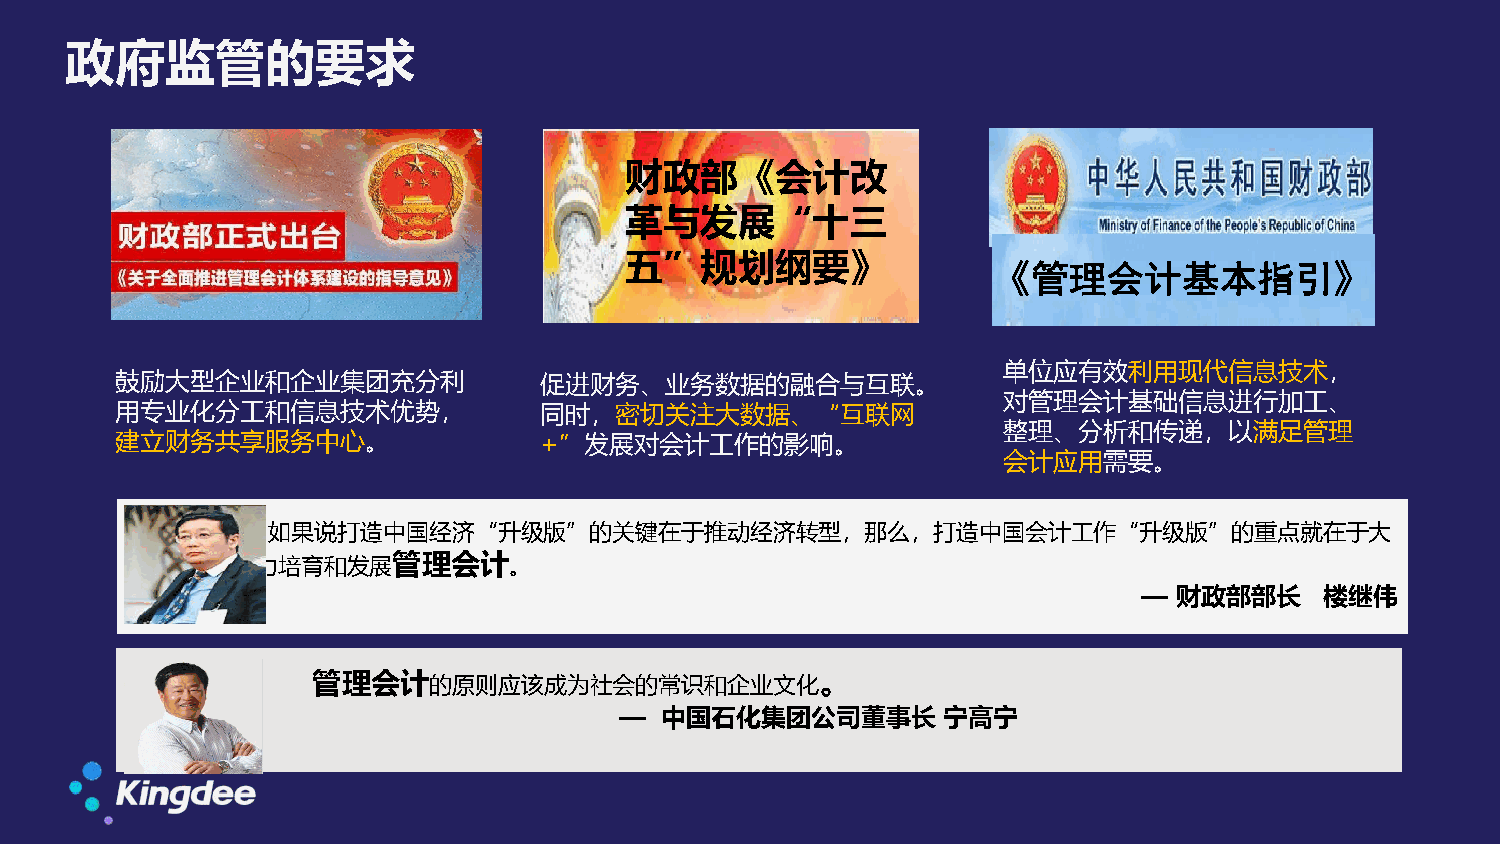
政府监管的要求
 财政部《会计改
 革与发展“十三
 五”规划纲要》
 《管理会计基本指引》
 单位应有效利用现代信息技术，
 鼓励大型企业和企业集团充分利              促进财务、业务数据的融合与互联。
 对管理会计基础信息进行加工、
 用专业化分工和信息技术优势，              同时，密切关注大数据、“互联网
 整理、分析和传递，以满足管理
 建立财务共享服务中心。                 +”发展对会计工作的影响。
 会计应用需要。
 如果说打造中国经济“升级版”的关键在于推动经济转型，那么，打造中国会计工作“升级版”的重点就在于大
 力培育和发展管理会计。
 — 财政部部长     楼继伟
 。
 管理会计的原则应该成为社会的常识和企业文化
 —  中国石化集团公司董事长       宁高宁